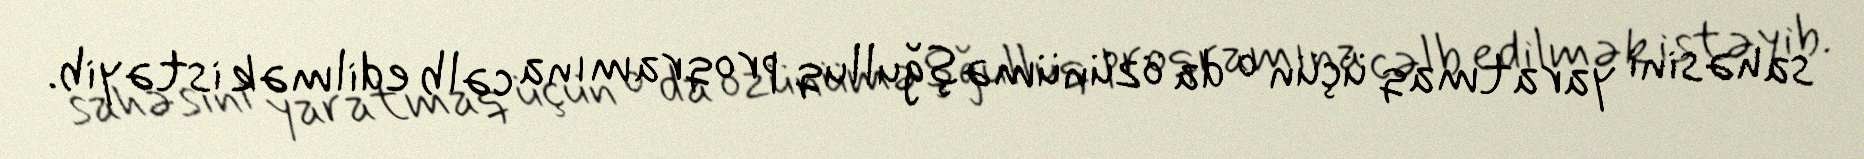
sahəsini yaratmaq üçün o da özünüməşğulluq proqramına cəlb edilmək istəyib.